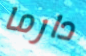
دارما